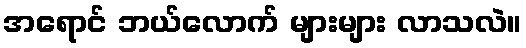
အရောင် ဘယ်လောက် များများ လာသလဲ။